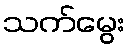
သက်မွေး